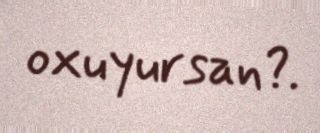
oxuyursan?.